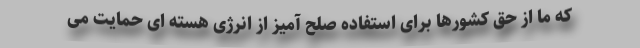
که ما از حق کشورها برای استفاده صلح آمیز از انرژی هسته ای حمایت می